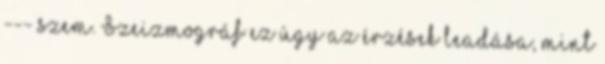
--- szem. Szeizmográf ez úgy az érzések leadása, mint